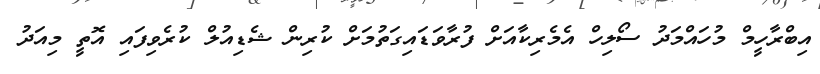
އިބްރާހީމް މުހައްމަދު ސޯލިހް އެމެރިކާއަށް ފުރާވަޑައިގަތުމަށް ކުރިން ޝެޑިއުލް ކުރެވިފައި އޮތީ މިއަދު